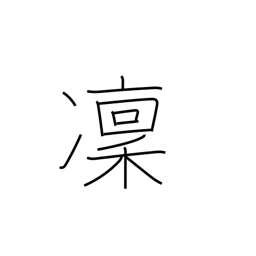
Meaning: cold